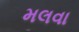
મલવા